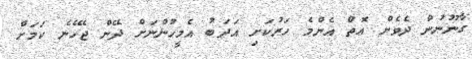
ގާނޫނުން ދެވެން އޮތް އެންމެ ހަރުކަށި އަދަބު އެމީހުންނަށް ދޭން ޖެހޭނެ ކަމަށް